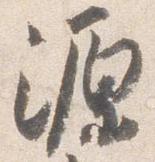
源